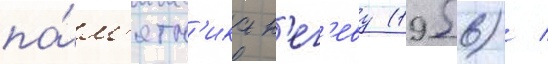
па́м'ятн'ика н'ег'еву (1956) /